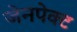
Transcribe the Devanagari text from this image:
जेनपेक्ट